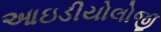
આઇડીયોલોજી